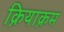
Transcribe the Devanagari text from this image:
क्रियाक्रम